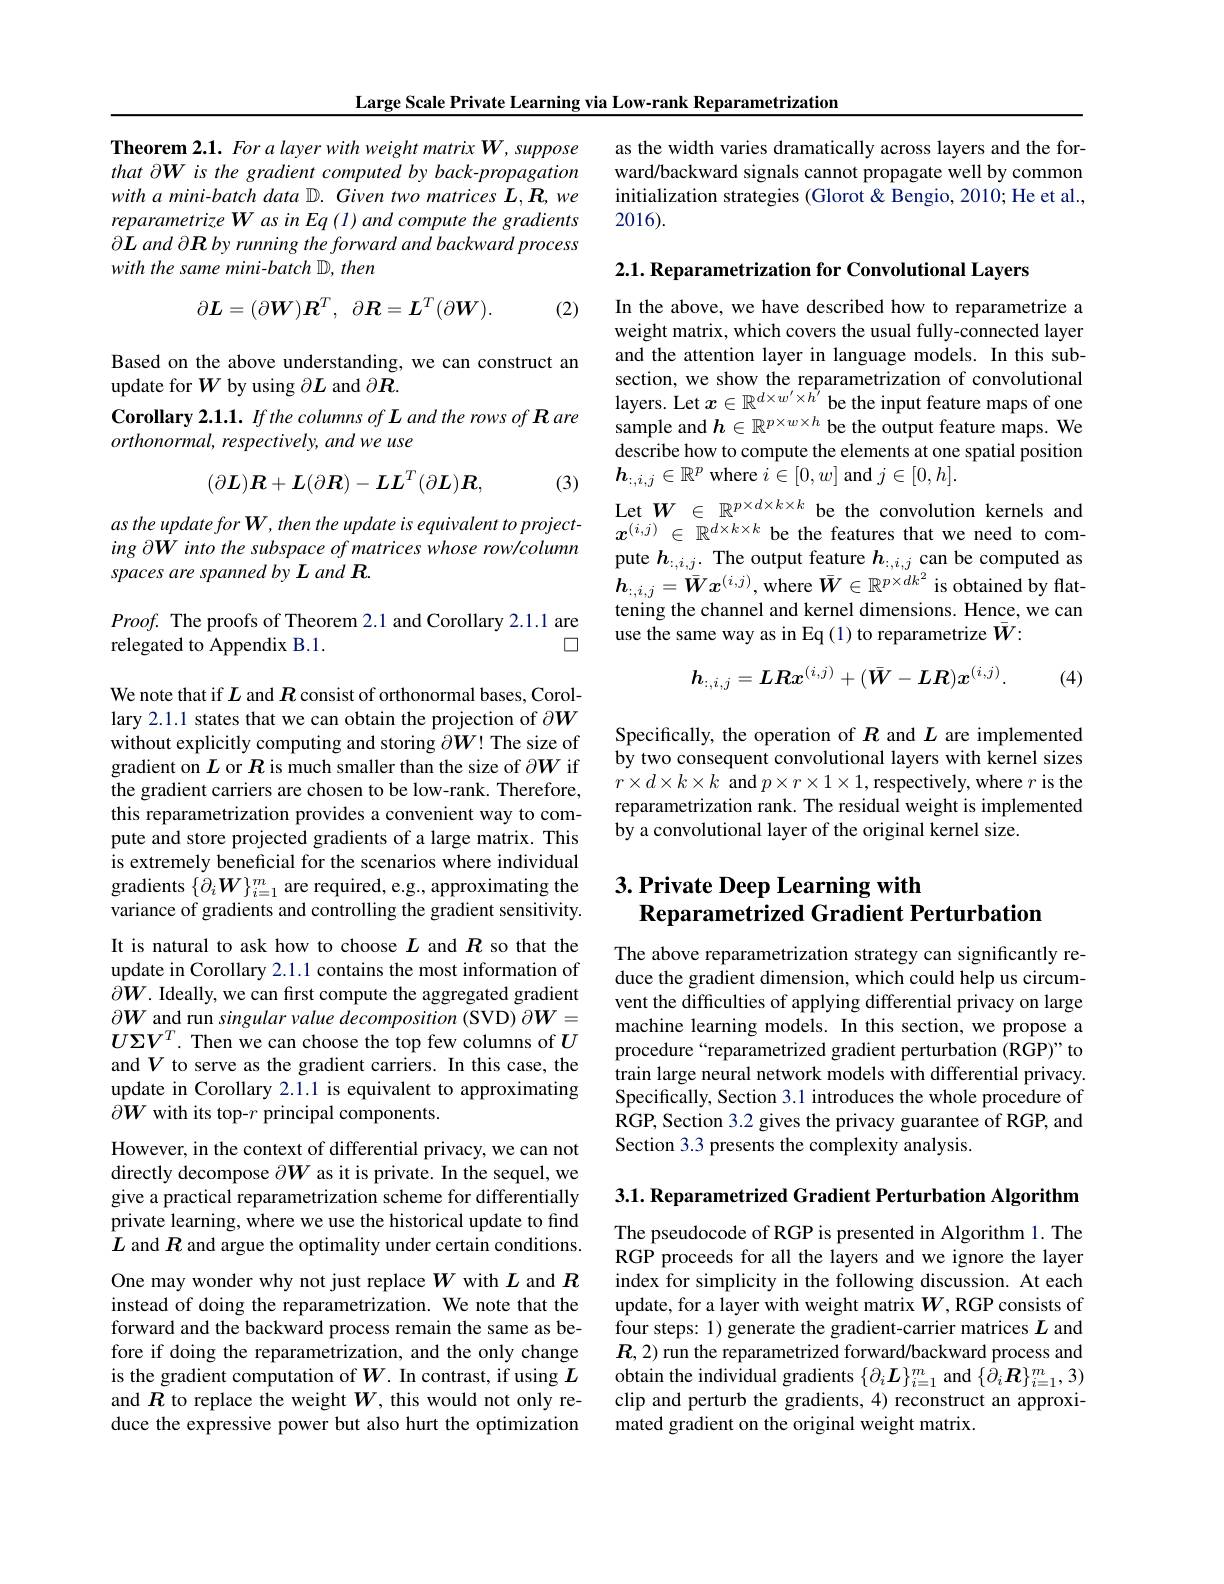
Large Scale Private Learning via Low-rank Reparametrization

Theorem 2.1. For a layer with weight matrix W, suppose that $\partial\boldsymbol W$ is the gradient computed by back-propagation with a mini-batch data D. Given two matrices L,R, we reparametrize W as in Eq (1) and compute the gradients $\partial\boldsymbol{L}$ and $\partial\boldsymbol R$ by running the forward and backward process with the same mini-batch D, then
$$\partial\boldsymbol{L}=(\partial\boldsymbol{W})\boldsymbol{R}^T,\:\partial\boldsymbol{R}=\boldsymbol{L}^T(\partial\boldsymbol{W}).$$
(2)

Based on the above understanding, we can construct an
update for $W$ by using $\partial L$ and $\partial R.$ $orthonormal,respectively,andweuse$
$$(\partial\boldsymbol{L})\boldsymbol{R}+\boldsymbol{L}(\partial\boldsymbol{R})-\boldsymbol{L}\boldsymbol{L}^T(\partial\boldsymbol{L})\boldsymbol{R},$$
(3)

as the update for W, then the update is equivalent to projecting $\partial\boldsymbol W$ into the subspace of matrices whose row/column spaces are spanned by L and R.

$Proof.$ The proofs of Theorem 2.1 and Corollary 2.1.1 are
口
relegated to Appendix B.1.

We note that if $L$ and $R$ consist of orthonormal bases, Corollary 2.1.1 states that we can obtain the projection of $\partial W$ without explicitly computing and storing $\partial W!$ The size of gradient on $L$ or $R$ is much smaller than the size of $\partial W$ if the gradient carriers are chosen to be low-rank. Therefore, this reparametrization provides a convenient way to compute and store projected gradients of a large matrix. This is extremely beneficial for the scenarios where individual gradients $\{\partial_i\boldsymbol{W}\}_{i=1}^m$ are required, e.g., approximating the variance of gradients and controlling the gradient sensitivity. It is natural to ask how to choose $L$ and $R$ so that the update in Corollary 2.1.1 contains the most information of $\partial W.$ Ideally, we can first compute the aggregated gradient $\partial W$ and run singular value decomposition (SVD) $\partial W=$ $U\Sigma V^T.$ Then we can choose the top few columns of $U$ and $V$ to serve as the gradient carriers. In this case, the update in Corollary 2.1.1 is equivalent to approximating $\hat{\partial W}$ with its top-$r$ principal components.
However, in the context of differential privacy, we can not directly decompose $\partial W$ as it is private. In the sequel, we give a practical reparametrization scheme for differentially private learning, where we use the historical update to find $L$ and $R$ and argue the optimality under certain conditions. One may wonder why not just replace $W$ with $L$ and $R$ instead of doing the reparametrization. We note that the forward and the backward process remain the same as before if doing the reparametrization, and the only change is the gradient computation of $W.$ In contrast, if using $L$ and $R$ to replace the weight $W$, this would not only reduce the expressive power but also hurt the optimization

as the width varies dramatically across layers and the forward/backward signals cannot propagate well by common initialization strategies (Glorot & Bengio, 2010; He et al., 2016).

$2. 1. \textbf{ Reparametrization for Convolutional Layers}$

In the above, we have described how to reparametrize a weight matrix, which covers the usual fully-connected layer and the attention layer in language models. In this subsection, we show the reparametrization of convolutional
Corollary $2.1.1.Ifthe$ columns of L and the rows of R are layers. Let $x\in\mathbb{R}^{d\times w^{\prime}\times h^{\prime}}$ be the input feature maps of one orthonormal resnectivelv and we use $e$
describe how to compute the elements at one spatial position
$\boldsymbol{h}_{:,i,j}\in\mathbb{R}^p$ where $i\in[0,w]$ and $j\in[0,h].$

Let $W\in\mathbb{R}^{p\times d\times k\times k}$ be the convolution kernels and $x^{(i,j)}\in\mathbb{R}^{d\times k\times k}$ be the features that we need to compute $h_{:,i,j}.$ The output feature $h_{:,i,j}$ can be computed as $\boldsymbol{h}_{:,i,j}=\bar{\boldsymbol{W}}\boldsymbol{x}^{(i,j)}$, where $\bar{\boldsymbol{W}}\in\mathbb{R}^{p\times dk^2}$ is obtained by flattening the channel and kernel dimensions. Hence, we can use the same way as in Eq (1) to reparametrize $\bar{W}:$
$$h_{:,i,j}=\boldsymbol{LRx}^{(i,j)}+(\bar{\boldsymbol{W}}-\boldsymbol{LR})\boldsymbol{x}^{(i,j)}.$$
(4)

Specifically, the operation of $R$ and $L$ are implemented by two consequent convolutional layers with kernel sizes $r\times d\times k\times k$ and $p\times r\times1\times1$,respectively, where $r$ is the reparametrization rank. The residual weight is implemented by a convolutional layer of the original kernel size.

# 3. Private Deep Learning with Reparametrized Gradient Perturbation

The above reparametrization strategy can significantly reduce the gradient dimension, which could help us circumvent the difficulties of applying differential privacy on large machine learning models. In this section, we propose a procedure“reparametrized gradient perturbation (RGP)”to train large neural network models with differential privacy. Specifically, Section 3.1 introduces the whole procedure of RGP, Section 3.2 gives the privacy guarantee of RGP, and Section 3.3 presents the complexity analysis.

3.1. Reparametrized Gradient Perturbation Algorithm

The pseudocode of RGP is presented in Algorithm 1. The RGP proceeds for all the layers and we ignore the layer index for simplicity in the following discussion. At each update, for a layer with weight matrix $W$, RGP consists of four steps: 1) generate the gradient-carrier matrices $L$ and $\boldsymbol{R},2)$ run the reparametrized forward/backward process and obtain the individual gradients $\{\partial_i\boldsymbol{L}\}_{i=1}^m$ and $\{\partial_i\boldsymbol{R}\}_{i=1}^m,3)$ clip and perturb the gradients, 4) reconstruct an approximated gradient on the original weight matrix.